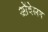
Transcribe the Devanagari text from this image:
ओंदेलग